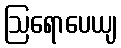
ဩရောပေယျ